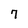
Character: 7